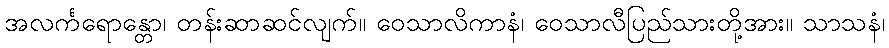
အလင်္ကရောန္တော၊ တန်းဆာဆင်လျက်။ ဝေသာလိကာနံ၊ ဝေသာလီပြည်သားတို့အား။ သာသနံ၊